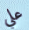
علي